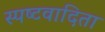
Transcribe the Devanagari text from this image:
स्‍पष्‍टवादिता